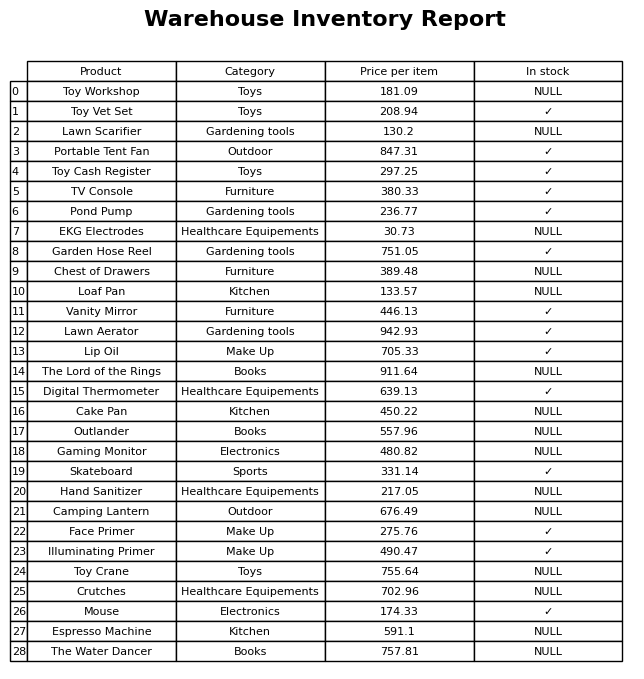
question: What is the stock status of the Hand Sanitizer?
answer: NULL